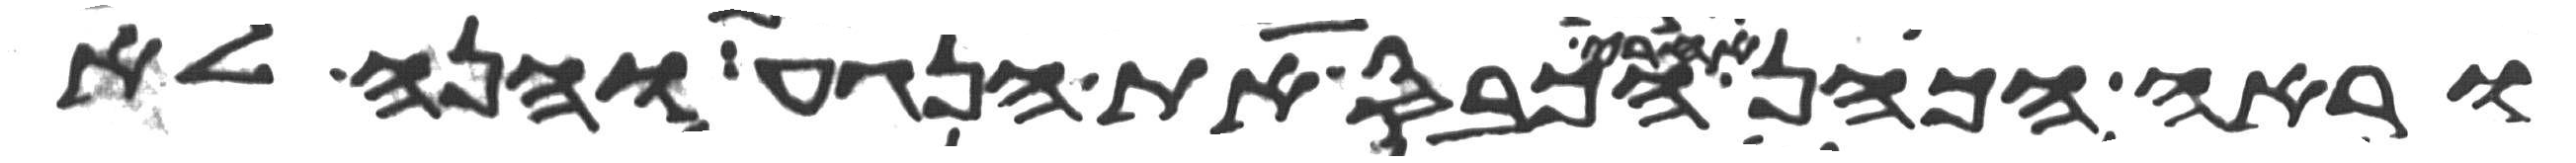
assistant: וראה הכהן אחרי הכבס את הנגע והנה לא